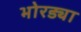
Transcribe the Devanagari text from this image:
भोरड्या